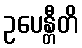
ဥပေန္တီတိ